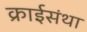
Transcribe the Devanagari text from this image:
क्राईसंथा